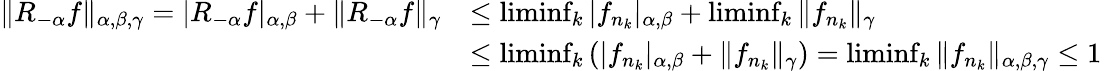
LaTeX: \begin{array}{rl}{\| R_{-\alpha}f\| _{\alpha,\beta,\gamma}=|R_{-\alpha}f|_{\alpha,\beta}+\| R_{-\alpha}f\| _{\gamma}}&{\leq\operatorname*{liminf}_{k}|f_{n_{k}}|_{\alpha,\beta}+\operatorname*{liminf}_{k}\| f_{n_{k}}\| _{\gamma}}\\ &{\leq\operatorname*{liminf}_{k}\left(|f_{n_{k}}|_{\alpha,\beta}+\| f_{n_{k}}\| _{\gamma}\right)=\operatorname*{liminf}_{k}\| f_{n_{k}}\| _{\alpha,\beta,\gamma}\leq 1\, }\end{array}